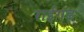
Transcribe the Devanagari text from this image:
राईगढ्